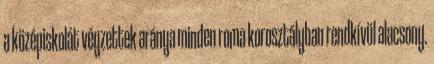
a középiskolát végzettek aránya minden roma korosztályban rendkívül alacsony.